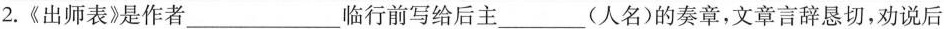
2.《出师表》是作者___临行前写给后主___(人名)的奏章，文章言辞恳切，劝说后